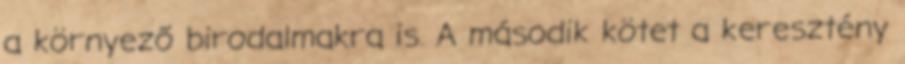
a környező birodalmakra is. A második kötet a keresztény